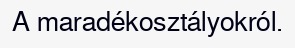
A maradékosztályokról.